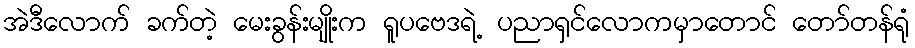
အဲဒီလောက် ခက်တဲ့ မေးခွန်းမျိုးက ရူပဗေဒရဲ့ ပညာရှင်လောကမှာတောင် တော်တန်ရုံ